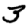
Digit: 3